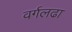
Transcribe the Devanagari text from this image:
वर्गलढा